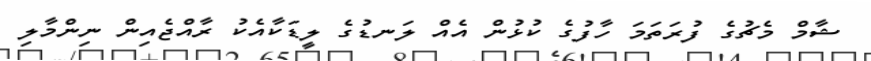
ޝާމް މެޗުގެ ފުރަތަމަ ހާފުގެ ކުޅުން އެއް ލަނޑުގެ ލީޑަކާއެކު ރާއްޖެއިން ނިންމާލި